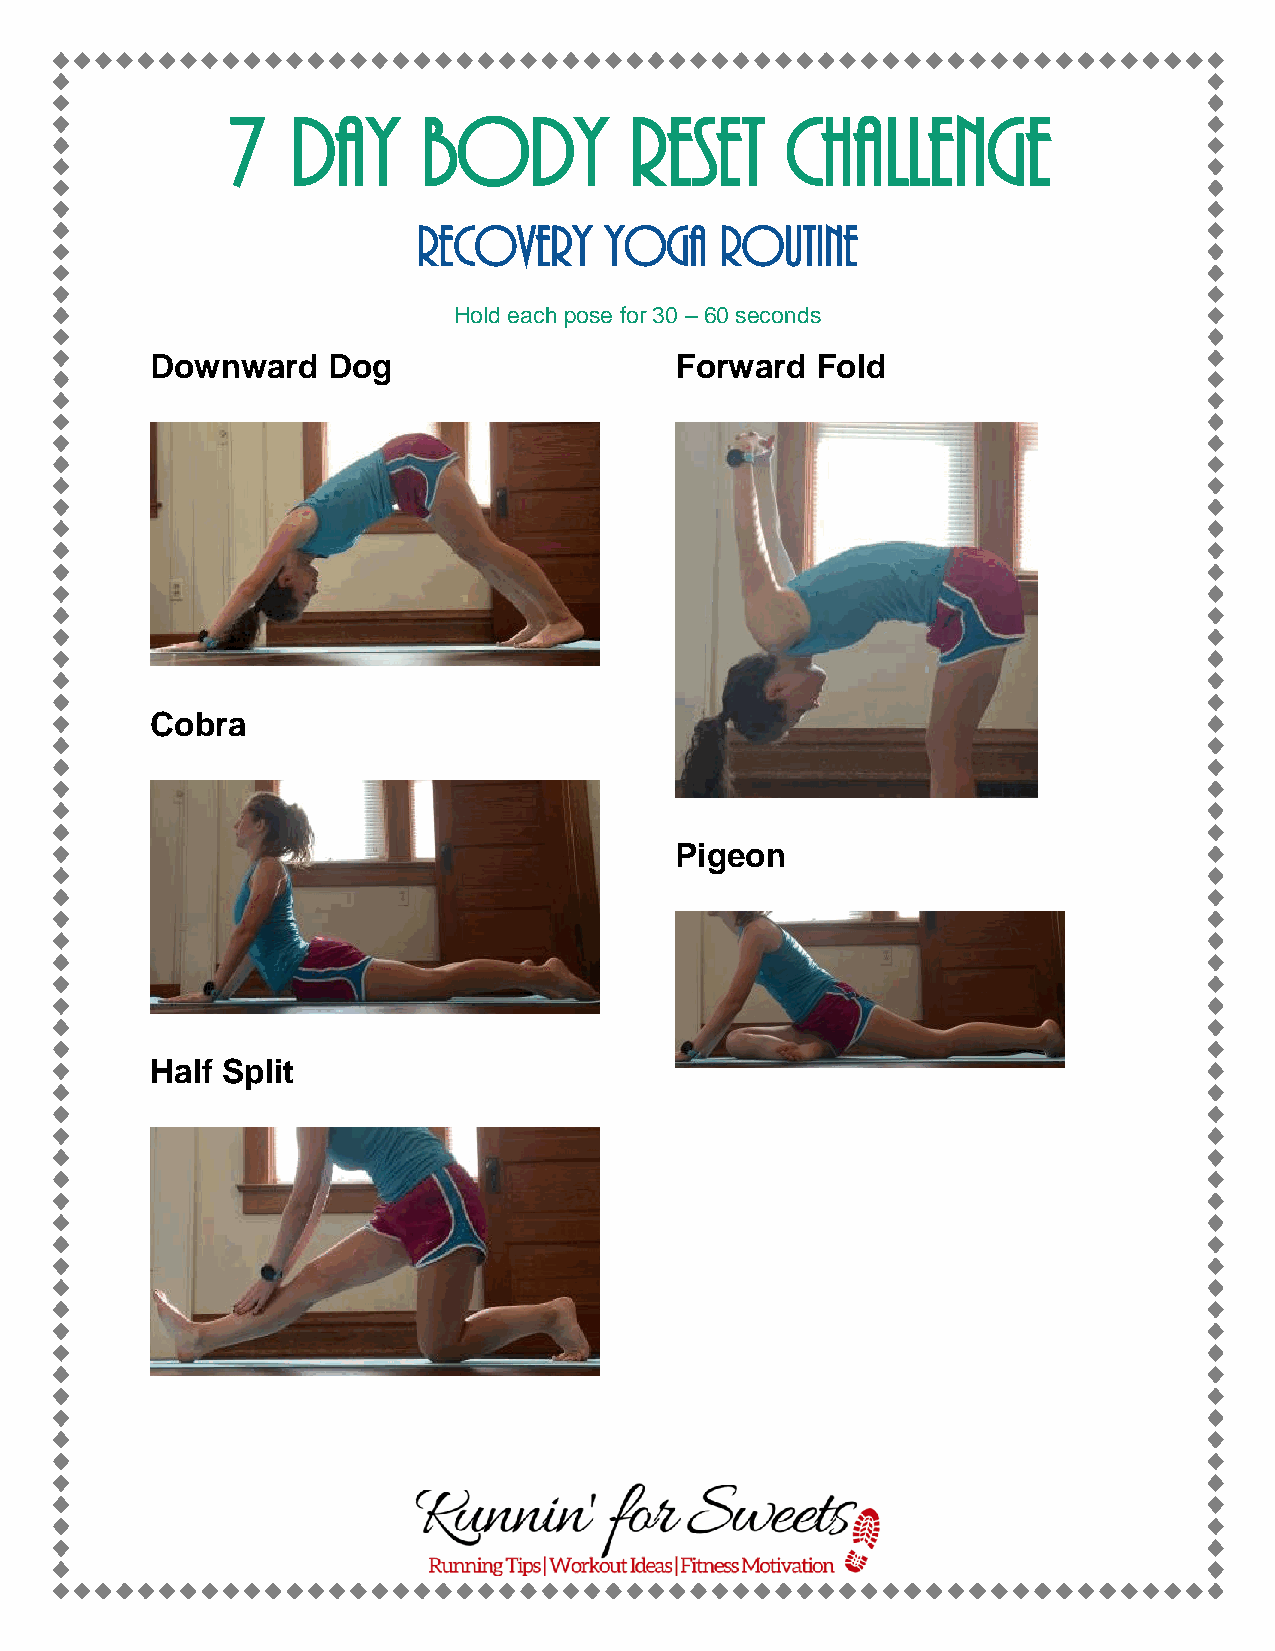
7   Day      Body          Reset     Challenge
 Recovery    Yoga    Routine
 Hold each pose for 30 – 60 seconds
 Downward    Dog                    Forward  Fold
 Cobra
 Pigeon
 Half Split